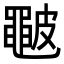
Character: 𥀩